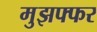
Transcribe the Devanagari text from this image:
मुझफ्फर